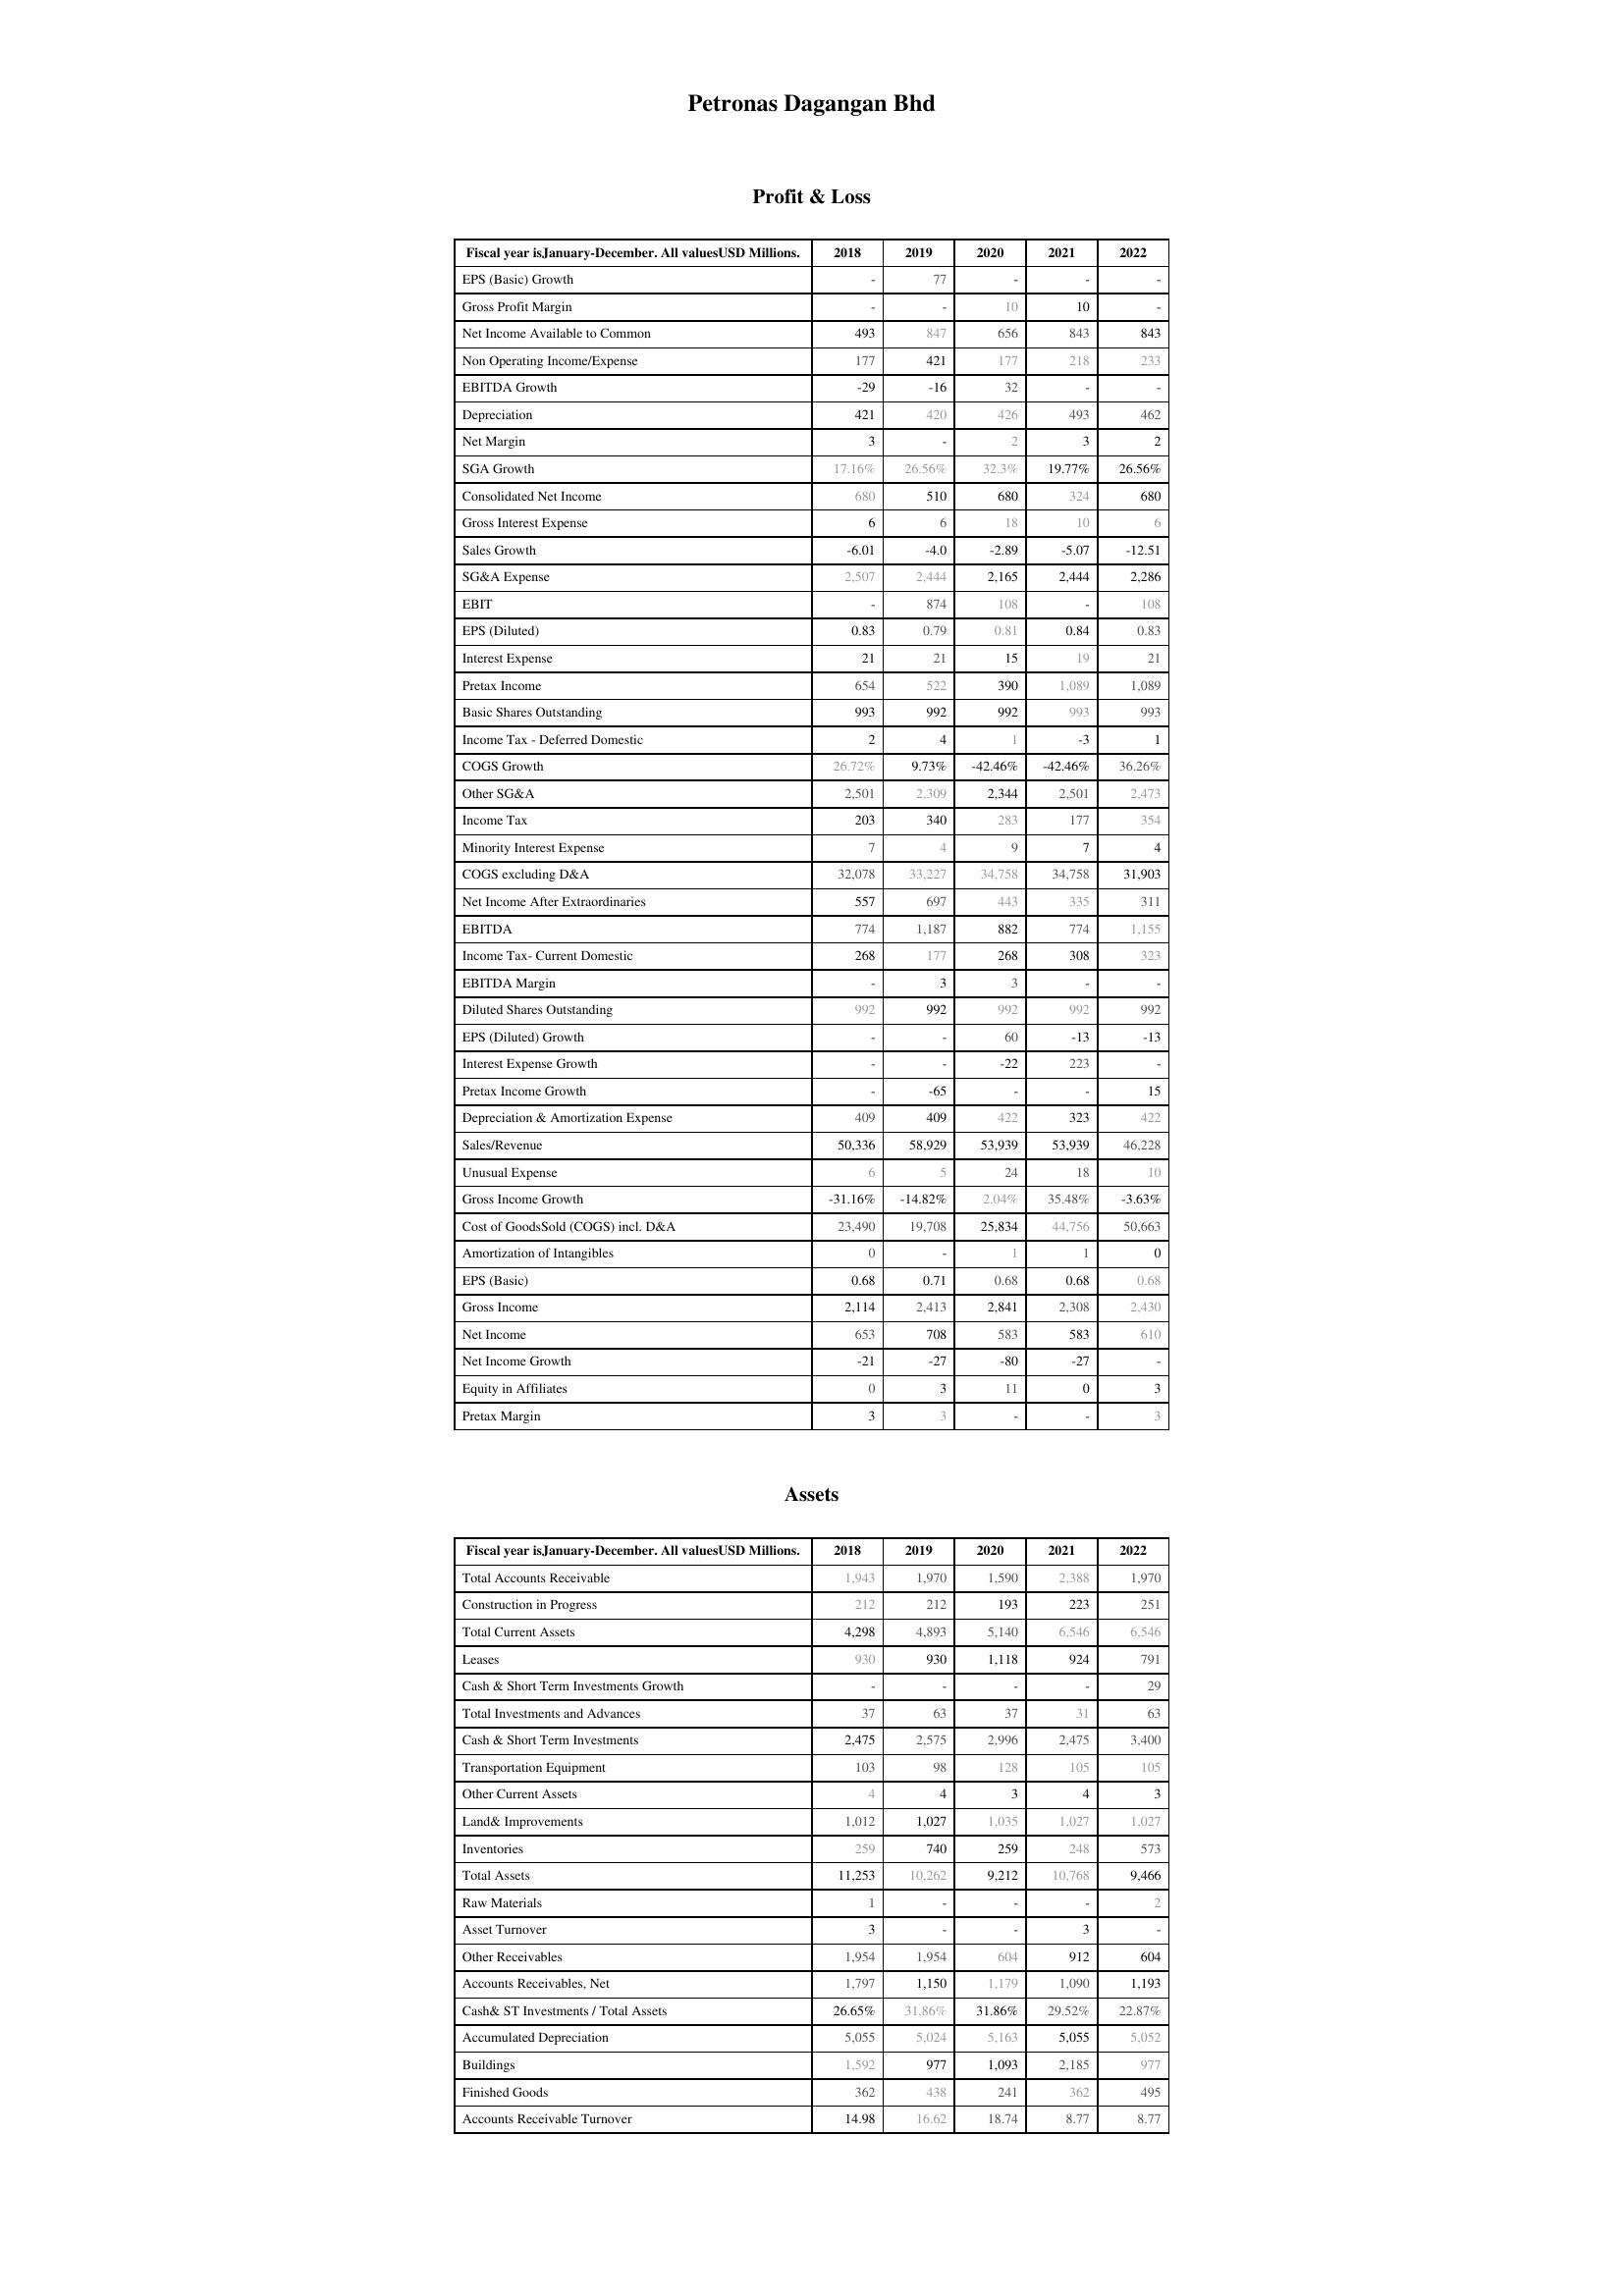
2018: Profit & Loss: EPS (Basic) Growth: -
Gross Profit Margin: -
Net Income Available to Common: 493
Non Operating Income/Expense: 177
EBITDA Growth: -29
Depreciation: 421
Net Margin: 3
SGA Growth: 17.16%
Consolidated Net Income: 680
Gross Interest Expense: 6
Sales Growth: -6.01
SG&A Expense: 2,507
EBIT: -
EPS (Diluted): 0.83
Interest Expense: 21
Pretax Income: 654
Basic Shares Outstanding: 993
Income Tax - Deferred Domestic: 2
COGS Growth: 26.72%
Other SG&A: 2,501
Income Tax: 203
Minority Interest Expense: 7
COGS excluding D&A: 32,078
Net Income After Extraordinaries: 557
EBITDA: 774
Income Tax- Current Domestic: 268
EBITDA Margin: -
Diluted Shares Outstanding: 992
EPS (Diluted) Growth: -
Interest Expense Growth: -
Pretax Income Growth: -
Depreciation & Amortization Expense: 409
Sales/Revenue: 50,336
Unusual Expense: 6
Gross Income Growth: -31.16%
Cost of GoodsSold (COGS) incl. D&A: 23,490
Amortization of Intangibles: 0
EPS (Basic): 0.68
Gross Income: 2,114
Net Income: 653
Net Income Growth: -21
Equity in Affiliates: 0
Pretax Margin: 3
Assets: Total Accounts Receivable: 1,943
Construction in Progress: 212
Total Current Assets: 4,298
Leases: 930
Cash & Short Term Investments Growth: -
Total Investments and Advances: 37
Cash & Short Term Investments: 2,475
Transportation Equipment: 103
Other Current Assets: 4
Land& Improvements: 1,012
Inventories: 259
Total Assets: 11,253
Raw Materials: 1
Asset Turnover: 3
Other Receivables: 1,954
Accounts Receivables, Net: 1,797
Cash& ST Investments / Total Assets: 26.65%
Accumulated Depreciation: 5,055
Buildings: 1,592
Finished Goods: 362
Accounts Receivable Turnover: 14.98
2019: Profit & Loss: EPS (Basic) Growth: 77
Gross Profit Margin: -
Net Income Available to Common: 847
Non Operating Income/Expense: 421
EBITDA Growth: -16
Depreciation: 420
Net Margin: -
SGA Growth: 26.56%
Consolidated Net Income: 510
Gross Interest Expense: 6
Sales Growth: -4.0
SG&A Expense: 2,444
EBIT: 874
EPS (Diluted): 0.79
Interest Expense: 21
Pretax Income: 522
Basic Shares Outstanding: 992
Income Tax - Deferred Domestic: 4
COGS Growth: 9.73%
Other SG&A: 2,309
Income Tax: 340
Minority Interest Expense: 4
COGS excluding D&A: 33,227
Net Income After Extraordinaries: 697
EBITDA: 1,187
Income Tax- Current Domestic: 177
EBITDA Margin: 3
Diluted Shares Outstanding: 992
EPS (Diluted) Growth: -
Interest Expense Growth: -
Pretax Income Growth: -65
Depreciation & Amortization Expense: 409
Sales/Revenue: 58,929
Unusual Expense: 5
Gross Income Growth: -14.82%
Cost of GoodsSold (COGS) incl. D&A: 19,708
Amortization of Intangibles: -
EPS (Basic): 0.71
Gross Income: 2,413
Net Income: 708
Net Income Growth: -27
Equity in Affiliates: 3
Pretax Margin: 3
Assets: Total Accounts Receivable: 1,970
Construction in Progress: 212
Total Current Assets: 4,893
Leases: 930
Cash & Short Term Investments Growth: -
Total Investments and Advances: 63
Cash & Short Term Investments: 2,575
Transportation Equipment: 98
Other Current Assets: 4
Land& Improvements: 1,027
Inventories: 740
Total Assets: 10,262
Raw Materials: -
Asset Turnover: -
Other Receivables: 1,954
Accounts Receivables, Net: 1,150
Cash& ST Investments / Total Assets: 31.86%
Accumulated Depreciation: 5,024
Buildings: 977
Finished Goods: 438
Accounts Receivable Turnover: 16.62
2020: Profit & Loss: EPS (Basic) Growth: -
Gross Profit Margin: 10
Net Income Available to Common: 656
Non Operating Income/Expense: 177
EBITDA Growth: 32
Depreciation: 426
Net Margin: 2
SGA Growth: 32.3%
Consolidated Net Income: 680
Gross Interest Expense: 18
Sales Growth: -2.89
SG&A Expense: 2,165
EBIT: 108
EPS (Diluted): 0.81
Interest Expense: 15
Pretax Income: 390
Basic Shares Outstanding: 992
Income Tax - Deferred Domestic: 1
COGS Growth: -42.46%
Other SG&A: 2,344
Income Tax: 283
Minority Interest Expense: 9
COGS excluding D&A: 34,758
Net Income After Extraordinaries: 443
EBITDA: 882
Income Tax- Current Domestic: 268
EBITDA Margin: 3
Diluted Shares Outstanding: 992
EPS (Diluted) Growth: 60
Interest Expense Growth: -22
Pretax Income Growth: -
Depreciation & Amortization Expense: 422
Sales/Revenue: 53,939
Unusual Expense: 24
Gross Income Growth: 2.04%
Cost of GoodsSold (COGS) incl. D&A: 25,834
Amortization of Intangibles: 1
EPS (Basic): 0.68
Gross Income: 2,841
Net Income: 583
Net Income Growth: -80
Equity in Affiliates: 11
Pretax Margin: -
Assets: Total Accounts Receivable: 1,590
Construction in Progress: 193
Total Current Assets: 5,140
Leases: 1,118
Cash & Short Term Investments Growth: -
Total Investments and Advances: 37
Cash & Short Term Investments: 2,996
Transportation Equipment: 128
Other Current Assets: 3
Land& Improvements: 1,035
Inventories: 259
Total Assets: 9,212
Raw Materials: -
Asset Turnover: -
Other Receivables: 604
Accounts Receivables, Net: 1,179
Cash& ST Investments / Total Assets: 31.86%
Accumulated Depreciation: 5,163
Buildings: 1,093
Finished Goods: 241
Accounts Receivable Turnover: 18.74
2021: Profit & Loss: EPS (Basic) Growth: -
Gross Profit Margin: 10
Net Income Available to Common: 843
Non Operating Income/Expense: 218
EBITDA Growth: -
Depreciation: 493
Net Margin: 3
SGA Growth: 19.77%
Consolidated Net Income: 324
Gross Interest Expense: 10
Sales Growth: -5.07
SG&A Expense: 2,444
EBIT: -
EPS (Diluted): 0.84
Interest Expense: 19
Pretax Income: 1,089
Basic Shares Outstanding: 993
Income Tax - Deferred Domestic: -3
COGS Growth: -42.46%
Other SG&A: 2,501
Income Tax: 177
Minority Interest Expense: 7
COGS excluding D&A: 34,758
Net Income After Extraordinaries: 335
EBITDA: 774
Income Tax- Current Domestic: 308
EBITDA Margin: -
Diluted Shares Outstanding: 992
EPS (Diluted) Growth: -13
Interest Expense Growth: 223
Pretax Income Growth: -
Depreciation & Amortization Expense: 323
Sales/Revenue: 53,939
Unusual Expense: 18
Gross Income Growth: 35.48%
Cost of GoodsSold (COGS) incl. D&A: 44,756
Amortization of Intangibles: 1
EPS (Basic): 0.68
Gross Income: 2,308
Net Income: 583
Net Income Growth: -27
Equity in Affiliates: 0
Pretax Margin: -
Assets: Total Accounts Receivable: 2,388
Construction in Progress: 223
Total Current Assets: 6,546
Leases: 924
Cash & Short Term Investments Growth: -
Total Investments and Advances: 31
Cash & Short Term Investments: 2,475
Transportation Equipment: 105
Other Current Assets: 4
Land& Improvements: 1,027
Inventories: 248
Total Assets: 10,768
Raw Materials: -
Asset Turnover: 3
Other Receivables: 912
Accounts Receivables, Net: 1,090
Cash& ST Investments / Total Assets: 29.52%
Accumulated Depreciation: 5,055
Buildings: 2,185
Finished Goods: 362
Accounts Receivable Turnover: 8.77
2022: Profit & Loss: EPS (Basic) Growth: -
Gross Profit Margin: -
Net Income Available to Common: 843
Non Operating Income/Expense: 233
EBITDA Growth: -
Depreciation: 462
Net Margin: 2
SGA Growth: 26.56%
Consolidated Net Income: 680
Gross Interest Expense: 6
Sales Growth: -12.51
SG&A Expense: 2,286
EBIT: 108
EPS (Diluted): 0.83
Interest Expense: 21
Pretax Income: 1,089
Basic Shares Outstanding: 993
Income Tax - Deferred Domestic: 1
COGS Growth: 36.26%
Other SG&A: 2,473
Income Tax: 354
Minority Interest Expense: 4
COGS excluding D&A: 31,903
Net Income After Extraordinaries: 311
EBITDA: 1,155
Income Tax- Current Domestic: 323
EBITDA Margin: -
Diluted Shares Outstanding: 992
EPS (Diluted) Growth: -13
Interest Expense Growth: -
Pretax Income Growth: 15
Depreciation & Amortization Expense: 422
Sales/Revenue: 46,228
Unusual Expense: 10
Gross Income Growth: -3.63%
Cost of GoodsSold (COGS) incl. D&A: 50,663
Amortization of Intangibles: 0
EPS (Basic): 0.68
Gross Income: 2,430
Net Income: 610
Net Income Growth: -
Equity in Affiliates: 3
Pretax Margin: 3
Assets: Total Accounts Receivable: 1,970
Construction in Progress: 251
Total Current Assets: 6,546
Leases: 791
Cash & Short Term Investments Growth: 29
Total Investments and Advances: 63
Cash & Short Term Investments: 3,400
Transportation Equipment: 105
Other Current Assets: 3
Land& Improvements: 1,027
Inventories: 573
Total Assets: 9,466
Raw Materials: 2
Asset Turnover: -
Other Receivables: 604
Accounts Receivables, Net: 1,193
Cash& ST Investments / Total Assets: 22.87%
Accumulated Depreciation: 5,052
Buildings: 977
Finished Goods: 495
Accounts Receivable Turnover: 8.77